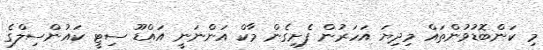
މި ކަންބޮޑުވުންތައް މިދިޔަ އަަހަރުން ފެށިގެން މާކް އަންނަނީ އައްޑޫ ސިޓީ ކައުންސިލްގެ